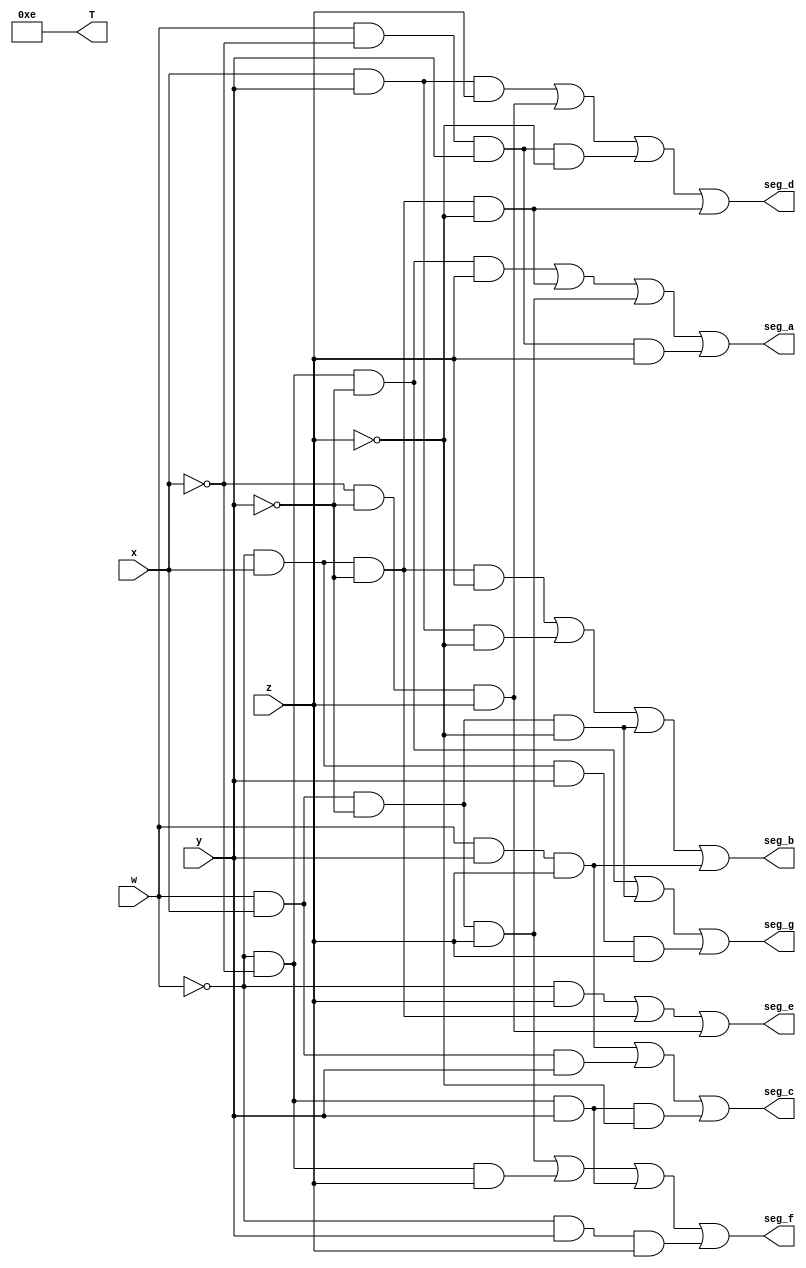
`timescale 1ns / 1ps
//////////////////////////////////////////////////////////////////////////////////
// Company: ITESO
// 
// Design Name: 
// Module Name: bin2hex_7seg
// Project Name: 
// Target Devices: 
// Tool Versions: 
// Description: 
// 
// Dependencies: 
// 
// Revision:
// Revision 0.01 - File Created
// Additional Comments:
// 
//////////////////////////////////////////////////////////////////////////////////


module bin2hex_7seg(
    input w,
    input x,
    input y,
    input z,
    output seg_a,
    output seg_b,
    output seg_c,
    output seg_d,
    output seg_e,
    output seg_f,
    output seg_g,
    output [3:0] T
    );
    
    assign T = 4'b1110; // para prender solo el digito de la izq(D0)
    
    assign seg_a = (~w&~x&~y&z)|(~w&x&~y&~z)|(w&x&~y&z)|(w&~x&y&z);
    assign seg_b = (~w&x&~y&z)|(x&y&~z)|(w&x&~y&~z)|(w&y&z);
    assign seg_c = (w&y&z)|(w&x&y)|(~w&~x&y&~z);
    assign seg_d = (x&y&z)|(~x&~y&z)|(w&~x&y&~z)|(~w&x&~y&~z);
    assign seg_e = (~w&z)|(~w&x&~y)|(~x&~y&z);
    assign seg_f = (w&x&~y&z)|(~w&~x&z)|(~w&~x&y)|(~w&y&z);
    assign seg_g = (~w&~x&~y)|(w&x&~y&~z)|(~w&x&y&z);
    
    
endmodule